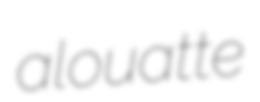
alouatte